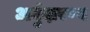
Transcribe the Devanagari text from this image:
अर्बुदारण्य